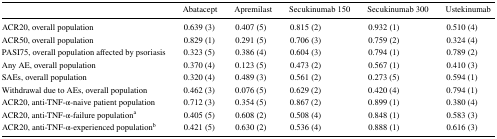
<table><thead><tr><td></td><td><b>Abatacept</b></td><td><b>Apremilast</b></td><td><b>Secukinumab 150</b></td><td><b>Secukinumab 300</b></td><td><b>Ustekinumab</b></td></tr></thead><tbody><tr><td>ACR20, overall population</td><td>0.639 (3)</td><td>0.407 (5)</td><td>0.815 (2)</td><td>0.932 (1)</td><td>0.510 (4)</td></tr><tr><td>ACR50, overall population</td><td>0.829 (1)</td><td>0.291 (5)</td><td>0.706 (3)</td><td>0.759 (2)</td><td>0.324 (4)</td></tr><tr><td>PASI75, overall population affected by psoriasis</td><td>0.323 (5)</td><td>0.386 (4)</td><td>0.604 (3)</td><td>0.794 (1)</td><td>0.789 (2)</td></tr><tr><td>Any AE, overall population</td><td>0.370 (4)</td><td>0.123 (5)</td><td>0.473 (2)</td><td>0.567 (1)</td><td>0.410 (3)</td></tr><tr><td>SAEs, overall population</td><td>0.320 (4)</td><td>0.489 (3)</td><td>0.561 (2)</td><td>0.273 (5)</td><td>0.594 (1)</td></tr><tr><td>Withdrawal due to AEs, overall population</td><td>0.462 (3)</td><td>0.076 (5)</td><td>0.629 (2)</td><td>0.420 (4)</td><td>0.794 (1)</td></tr><tr><td>ACR20, anti-TNF-α-naive patient population</td><td>0.712 (3)</td><td>0.354 (5)</td><td>0.867 (2)</td><td>0.899 (1)</td><td>0.380 (4)</td></tr><tr><td>ACR20, anti-TNF-α-failure population<sup>a</sup></td><td>0.405 (5)</td><td>0.608 (2)</td><td>0.508 (4)</td><td>0.848 (1)</td><td>0.583 (3)</td></tr><tr><td>ACR20, anti-TNF-α-experienced population<sup>b</sup></td><td>0.421 (5)</td><td>0.630 (2)</td><td>0.536 (4)</td><td>0.888 (1)</td><td>0.616 (3)</td></tr></tbody></table>